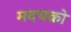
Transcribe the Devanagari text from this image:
मदचक्रो